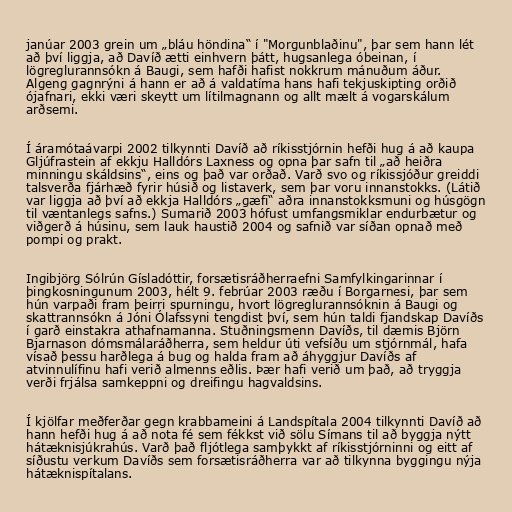
janúar 2003 grein um „bláu höndina“ í "Morgunblaðinu", þar sem hann lét
að því liggja, að Davíð ætti einhvern þátt, hugsanlega óbeinan, í
lögreglurannsókn á Baugi, sem hafði hafist nokkrum mánuðum áður.
Algeng gagnrýni á hann er að á valdatíma hans hafi tekjuskipting orðið
ójafnari, ekki væri skeytt um lítilmagnann og allt mælt á vogarskálum
arðsemi.

Í áramótaávarpi 2002 tilkynnti Davíð að ríkisstjórnin hefði hug á að kaupa
Gljúfrastein af ekkju Halldórs Laxness og opna þar safn til „að heiðra
minningu skáldsins“, eins og það var orðað. Varð svo og ríkissjóður greiddi
talsverða fjárhæð fyrir húsið og listaverk, sem þar voru innanstokks. (Látið
var liggja að því að ekkja Halldórs „gæfi“ aðra innanstokksmuni og húsgögn
til væntanlegs safns.) Sumarið 2003 hófust umfangsmiklar endurbætur og
viðgerð á húsinu, sem lauk haustið 2004 og safnið var síðan opnað með
pompi og prakt.

Ingibjörg Sólrún Gísladóttir, forsætisráðherraefni Samfylkingarinnar í
þingkosningunum 2003, hélt 9. febrúar 2003 ræðu í Borgarnesi, þar sem
hún varpaði fram þeirri spurningu, hvort lögreglurannsóknin á Baugi og
skattrannsókn á Jóni Ólafssyni tengdist því, sem hún taldi fjandskap Davíðs
í garð einstakra athafnamanna. Stuðningsmenn Davíðs, til dæmis Björn
Bjarnason dómsmálaráðherra, sem heldur úti vefsíðu um stjórnmál, hafa
vísað þessu harðlega á bug og halda fram að áhyggjur Davíðs af
atvinnulífinu hafi verið almenns eðlis. Þær hafi verið um það, að tryggja
verði frjálsa samkeppni og dreifingu hagvaldsins.

Í kjölfar meðferðar gegn krabbameini á Landspítala 2004 tilkynnti Davíð að
hann hefði hug á að nota fé sem fékkst við sölu Símans til að byggja nýtt
hátæknisjúkrahús. Varð það fljótlega samþykkt af ríkisstjórninni og eitt af
síðustu verkum Davíðs sem forsætisráðherra var að tilkynna byggingu nýja
hátæknispítalans.